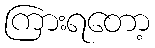
ကြားရတော့